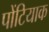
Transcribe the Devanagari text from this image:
पोंटियाक